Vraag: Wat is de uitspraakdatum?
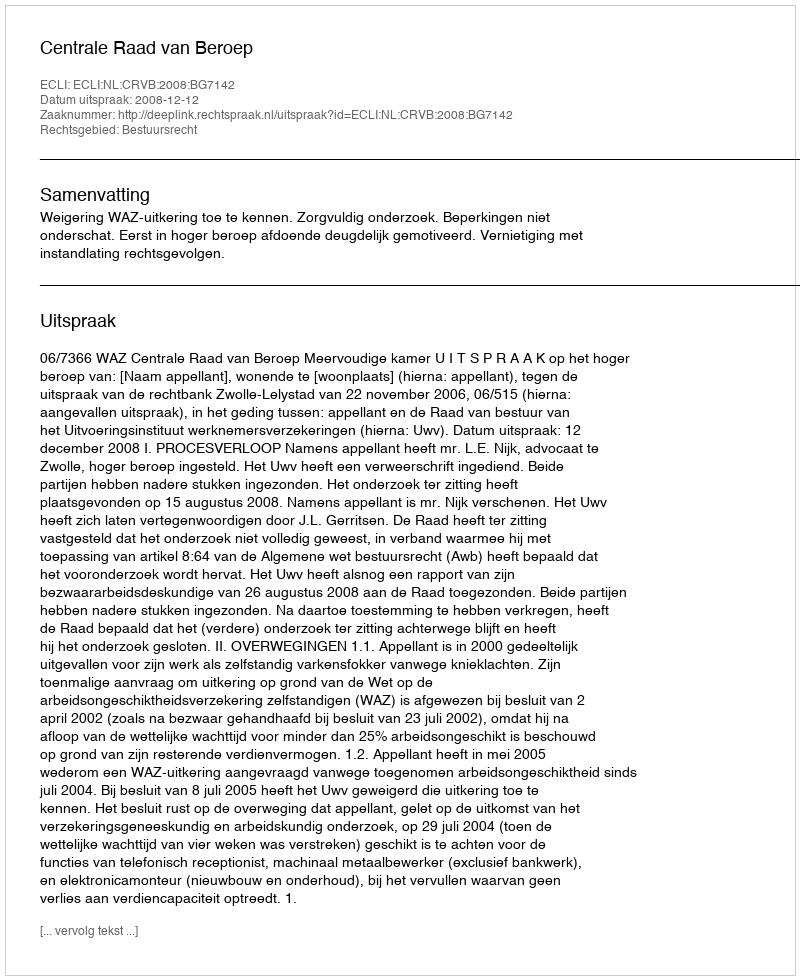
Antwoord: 2008-12-12